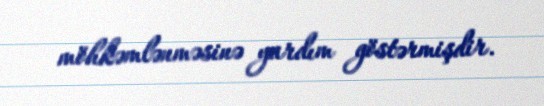
möhkəmlənməsinə yardım göstərmişdir.